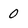
Character: 0